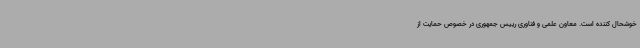
خوشحال کننده است. معاون علمی و فناوری رییس جمهوری در خصوص حمایت از